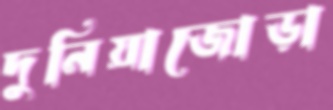
দুনিয়াজোড়া